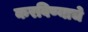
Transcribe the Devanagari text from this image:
करविण्याचे